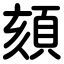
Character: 頦